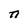
Character: n